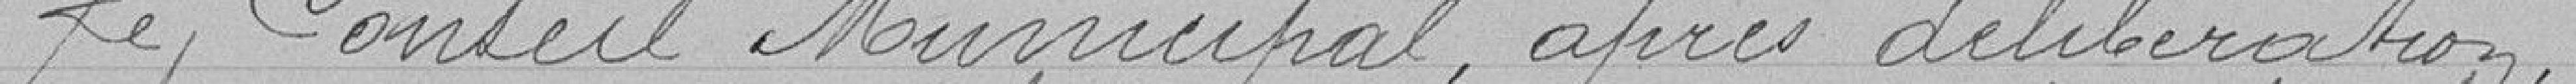
Le Conseil Municipal, après délibération,